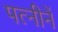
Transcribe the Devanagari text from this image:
पत्नीनें